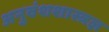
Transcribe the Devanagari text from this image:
अनुवंशशास्त्रज्ञ